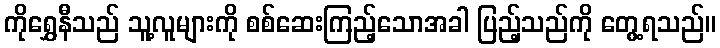
ကိုရွှေနီသည် သူ့လူများကို စစ်ဆေးကြည့်သောအခါ ပြည့်သည်ကို တွေ့ရသည်။